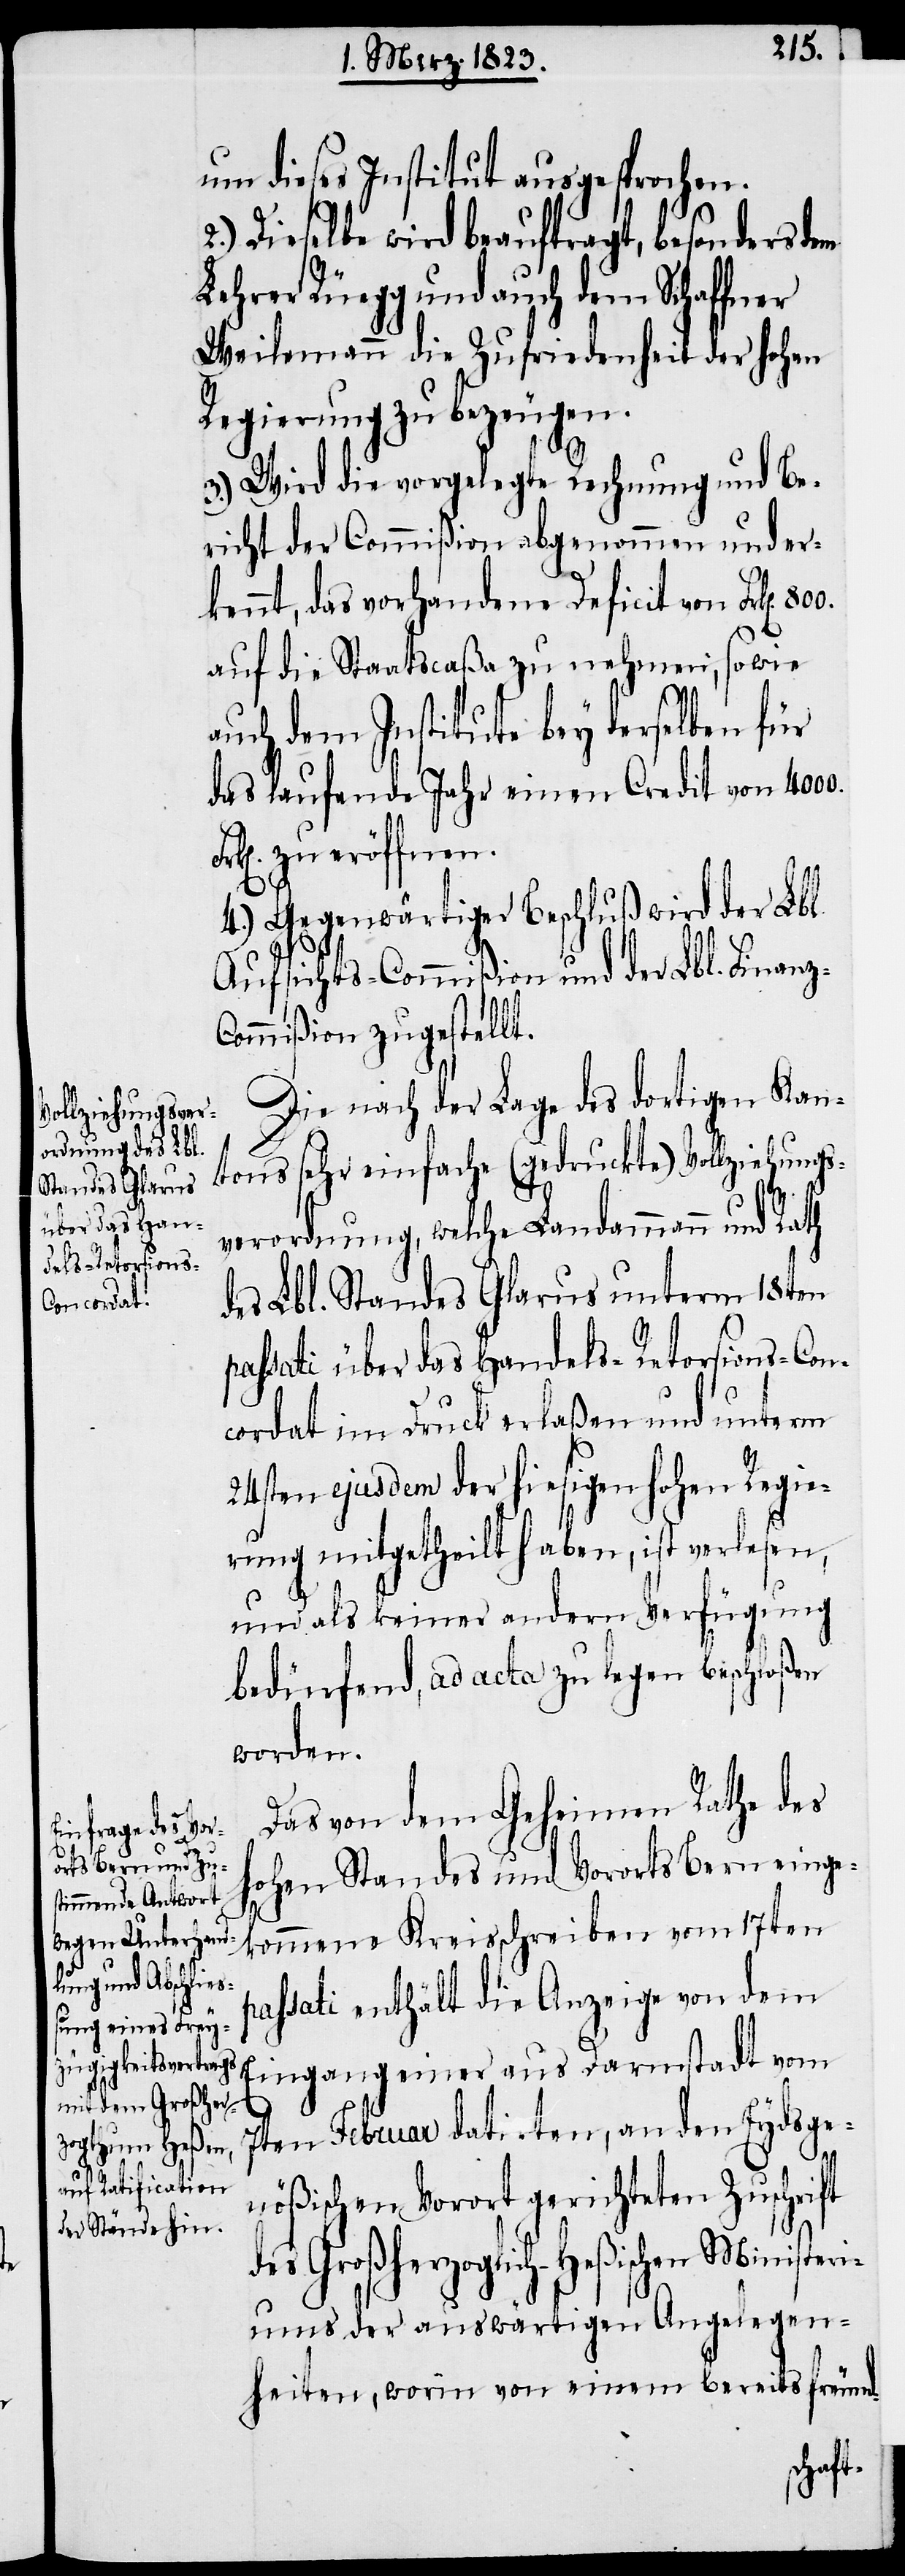
z-C¬
um dieses Institut ausgesprochen.
2.) Dieselbe wird beauftragt, besonders dem
Lehrer Rüegg und auch dem Schaffner
Weilemann die Zufriedenheit der hohen
Regierung zu bezeugen.
3.) Wird die vorgelegte Rechnung und Be¬
richt der Commißion abgenommen und er¬
kennt, das vorhandene Deficit von Frk[en].
auf die Staatscaßa zu nehmen, sowie
auch dem Institute bey derselben für
das laufende Jahr einen Credit von 4000.
zu eröffnen.
4.) Gegenwärtiger Beschluß wird der Lbl.
Aufsichts-Commißion und der Lbl. Finan¬
ommißion zugestellt.
Die nach der Lage des dortigen Kan¬
tons sehr einfache (gedruckte) Vollziehungs¬
verordnung, welche Landammann und Rath
des Lbl. Standes Glarus unterm 18ten
passati über das Handels-Retorsions-Con¬
cordat im Druck erlaßen und unterm
24sten ejusdem der hiesigen hohen Regie¬
rung mitgetheilt haben, ist verlesen,
und als keiner andern Verfügung
bedürfend, ad acta zu legen beschloßen
worden.
Das von dem Geheimen Rathe des
hohen Standes und Vororts Bern einge¬
kommene Kreisschreiben vom 17ten
passati enthält die Anzeige von dem
Eingang einer aus Darmstadt vom
7ten Februar datirten, an den Eydsge¬
nößischen Vorort gerichteten Zuschrift
des Großherzoglich-Heßischen Ministeri¬
ums der auswärtigen Angelegen¬
heiten, worin von einem bereits freund-